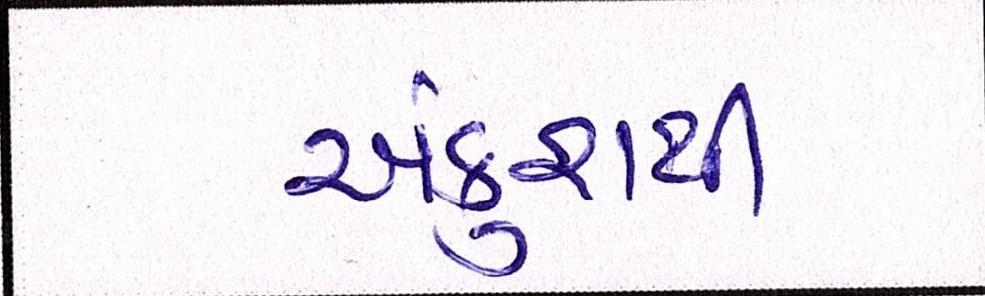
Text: અંકુશથી